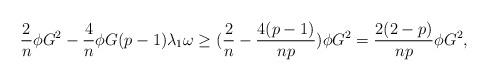
LaTeX: \begin{align*}\frac{2}{n}\phi G^{2}-\frac{4}{n}\phi G(p-1)\lambda_{1}\omega\geq(\frac{2}{n}-\frac{4(p-1)}{np})\phi G^{2}=\frac{2(2-p)}{np}\phi G^{2},\end{align*}